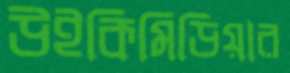
উইকিমিডিয়ার